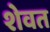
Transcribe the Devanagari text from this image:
शेवत